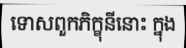
ទោសពួកភិក្ខុនីនោះ ក្នុង